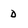
Character: d